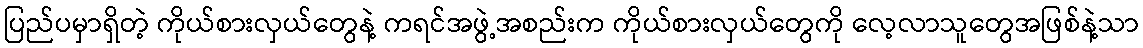
ပြည်ပမှာရှိတဲ့ ကိုယ်စားလှယ်တွေနဲ့ ကရင်အဖွဲ့အစည်းက ကိုယ်စားလှယ်တွေကို လေ့လာသူတွေအဖြစ်နဲ့သာ